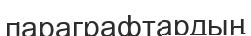
параграфтардың